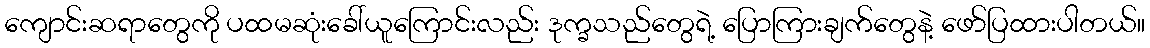
ကျောင်းဆရာတွေကို ပထမဆုံးခေါ်ယူကြောင်းလည်း ဒုက္ခသည်တွေရဲ့ ပြောကြားချက်တွေနဲ့ ဖော်ပြထားပါတယ်။